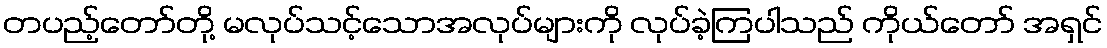
တပည့်တော်တို့ မလုပ်သင့်သောအလုပ်များကို လုပ်ခဲ့ကြပါသည် ကိုယ်တော် အရှင်